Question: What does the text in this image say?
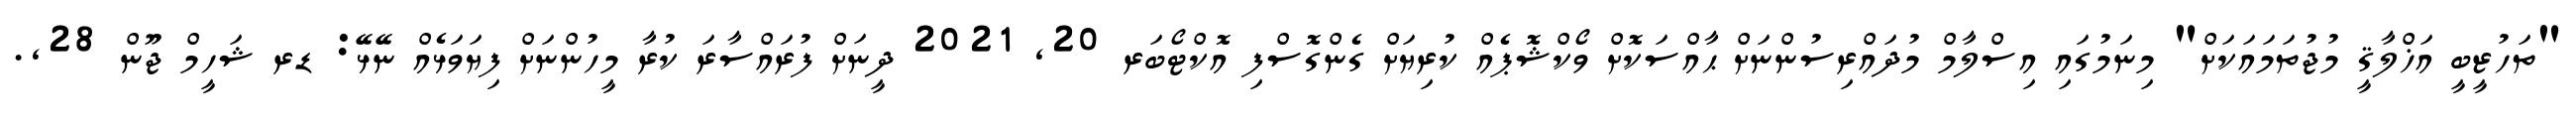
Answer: "ތަހުޒީބީ އަޚްލާޤީ މުޖުތަމައަކަށް" މިނަމުގައި އިސްލާމް މުދައްރިސުންނަށް ޙާއްސަކޮށް ވޯކްޝޮޕެއް ކުރިޔަށް ގެންގޮސްފި އޮކްޓޯބަރ 20, 2021 ދީނަށް ފުރައްސާރަ ކުރާ މީހުންނަށް ފިޔަވަޅެއް ނޭޅޭ: ޑރ ޝަހީމް ޖޫން 28,.